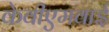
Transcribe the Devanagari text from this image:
केवीएमवाई